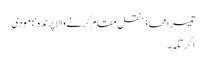
تیسرا محاذ ’ نقل مقام کرنے والا پرندہ ‘ : مودی
اگرتلہ ۔